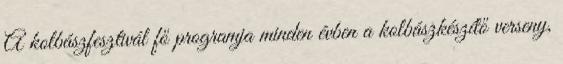
A kolbászfesztivál fő programja minden évben a kolbászkészítő verseny,